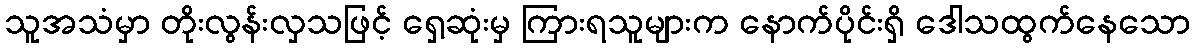
သူအသံမှာ တိုးလွန်းလှသဖြင့် ရှေ့ဆုံးမှ ကြားရသူများက နောက်ပိုင်းရှိ ဒေါသထွက်နေသော